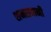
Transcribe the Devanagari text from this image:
शनसबानी